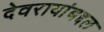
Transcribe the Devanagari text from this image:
देवरायांबद्दल